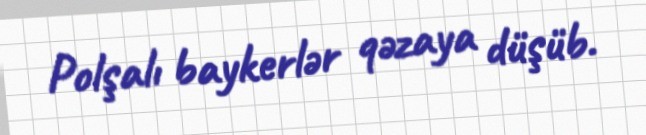
Polşalı baykerlər qəzaya düşüb.